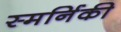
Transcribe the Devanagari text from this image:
स्मर्निकी